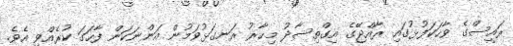
ރައީސްގެ ވާހަކަފުޅުގައި ރާއްޖޭގެ އިގްތިސާދު މިހާރު ރަނގަޅުވަމުން އަންނަކަން ފާހަގަ ކުރެއްވި އެވެ.